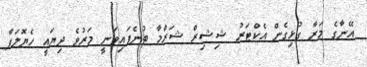
އޭނާގެ މަރާ ގުޅިގެން އެކްޓަރު ޝިޝިރް ޝަރްމާ ބުނެފައިވަނީ މަރުވެ ދިޔައީ ހެޔޮލަފާ